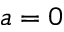
a = 0